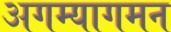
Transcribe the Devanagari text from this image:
अगम्यागमन